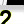
Digit: 2